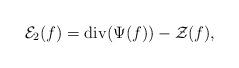
LaTeX: \begin{align*}\mathcal{E}_2(f) = \mathrm{div}(\Psi(f)) - \mathcal{Z}(f),\end{align*}